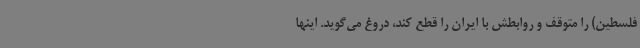
فلسطین) را متوقف و روابطش با ایران را قطع کند، دروغ می‌گوید. اینها